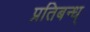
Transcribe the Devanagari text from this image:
प्रतिबन्ध्